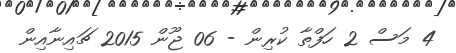
4 މަސް 2 ހަފްތާ ކުރިން - 06 ޖޫން 2015 ޗައިނާއިން